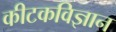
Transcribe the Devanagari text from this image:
कीटकविज्ञान